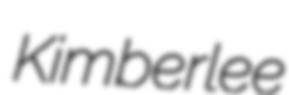
Kimberlee